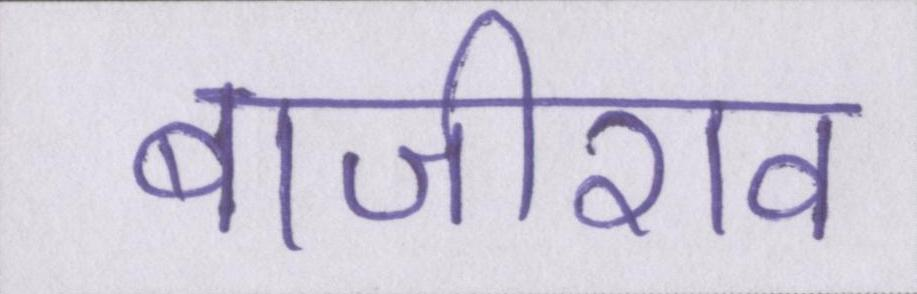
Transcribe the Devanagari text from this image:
बाजीराव